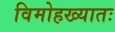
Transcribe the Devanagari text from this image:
विमोहख्यातः